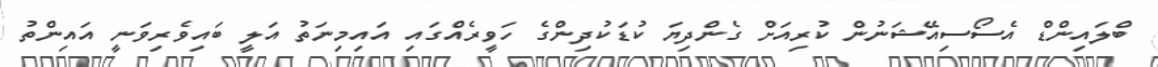
ބްލައިންޑް އެސޯސިއޭޝަނުން ކުރިއަށް ގެންދިޔަ ކުޑަކުދިންގެ ހަވީރެއްގައި އައިމިނަތު އަލީ ބައިވެރިވަނީ އައިންތު